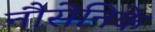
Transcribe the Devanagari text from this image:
नौसेनिके